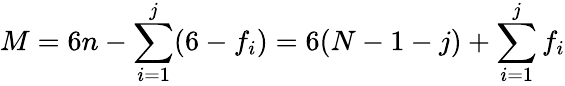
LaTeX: M=6n-\sum_{i=1}^{j}(6-f_{i})=6(N-1-j)+\sum_{i=1}^{j}f_{i}